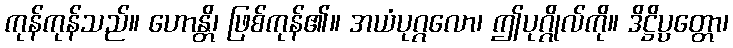
ကုန်ကုန်သည်။ ဟောန္တိ၊ ဖြစ်ကုန်၏။ အယံပုဂ္ဂလော၊ ဤပုဂ္ဂိုလ်ကို။ ဒိဋ္ဌိပ္ပတ္တော၊